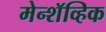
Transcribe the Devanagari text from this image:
मेन्शॅव्हिक